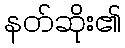
နတ်ဆိုး၏